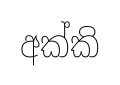
අක්කි